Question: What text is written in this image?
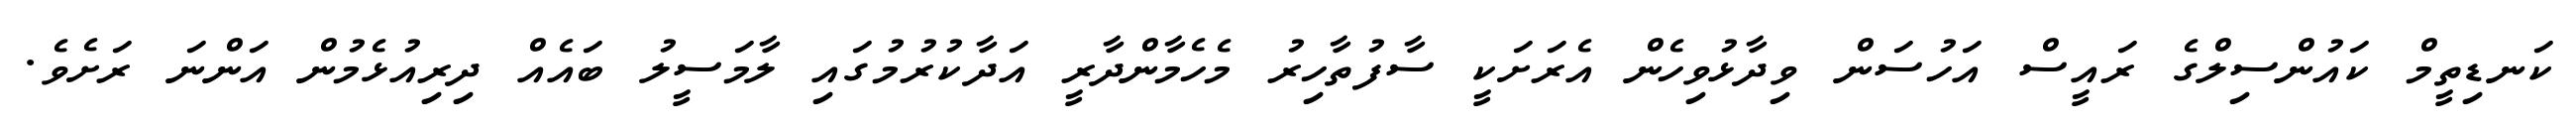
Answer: ކަނޑިތީމް ކައުންސިލްގެ ރައީސް އަހުސަން ވިދާޅުވިހެން އެރަށަކީ ސާފުތާހިރު މެހެމާންދާރީ އަދާކުރުމުގައި ލާމަސީލު ބައެއް ދިރިއުޅެމުން އަންނަ ރަށެވެ.